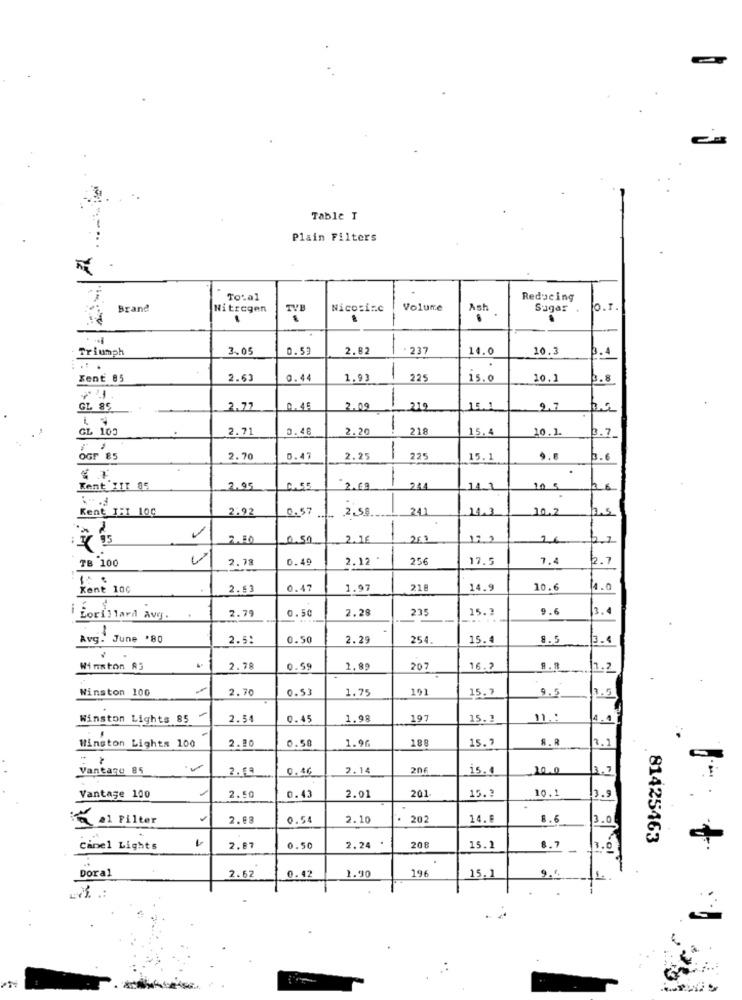
Table T
Plain Filters
Total
Reducing
Brand
Nitrogen
TVB
Nicosinc
Volume
Ash
Sugar .
O.T.
Triumph
3.05
0.59
2.82
-
- 237
14.0
10.3
p.4
Zent 85
2.63
0.44
1,93
-
225
15.0
10.1
b.8
GL 85
2.77
0.46
2.09
15.1
2.7
GL 103
2.71
2.48
2.20
1
218
15.4
10.1
OGr 85
2.70
0.47
2.25
225
15.1
9.8
0.6
-
Kent XIT 05
2.05
0.55
234
11.1
10 5
Kent 1:1 100
2.92
0.57
2.58
241
10.2
-
2.50
0.51
2.75
282
122
26
TB 100
0.49
2.12
256
17.5
7.4
6.7
2.78
Kent 100
2.53
0.47
1.97
218
14.9
10.6
14.0
2.79
2.28
235
15.3
9.6
3.4
Lorillard ave. .
0.50
......
Avg. June '80
2.51
0.50
2.29
254
15.4
8.5
3.4
Winston 83
2.78
0.59
1.89
207
16.
8.7 7.2
Winston 100
2.70
0.53
1.75
101
15.7
9.5
3.5
Winston Lights 85
2.54
0.45
1.98
197
15.3
4.4
2.20
1.96
189
15.9
S.R
1.1
Winston Lights 100
0.58
Vantage 85
2.79
0.36
2.14
206
is.
20.0
3.7
201
15.1
10.1
3.9
Vantage 100
2.50
0.43
2.01
6 .1 Filter
2.08
0.54
2.10
202
14.6
1.6
3.0
81425463
Cinel Lights
2.87
0.50
2.24
208
15.1
8.7
3.0
..
I +
196
Doral
2.62
0.42
1.90
15.1